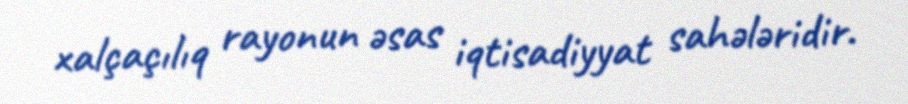
xalçaçılıq rayonun əsas iqtisadiyyat sahələridir.